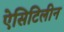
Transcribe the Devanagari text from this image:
ऐसिटिलीन